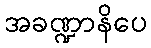
အခဏ္ဍာနိပေ